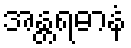
အန္တရဓာနံ